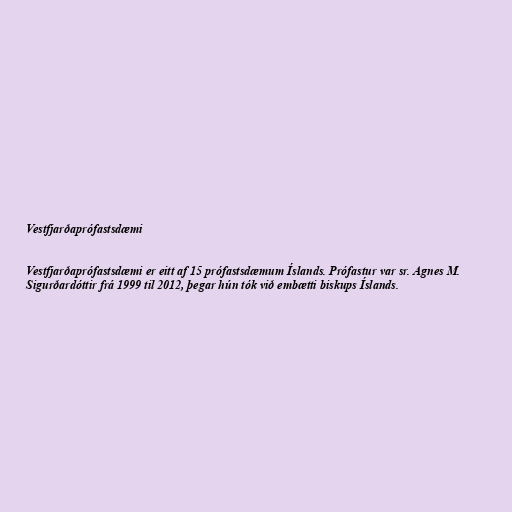
Vestfjarðaprófastsdæmi

Vestfjarðaprófastsdæmi er eitt af 15 prófastsdæmum Íslands. Prófastur var sr. Agnes M.
Sigurðardóttir frá 1999 til 2012, þegar hún tók við embætti biskups Íslands.